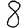
Digit: 8